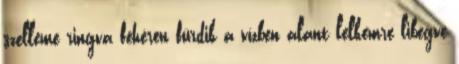
szelleme ringva fehéren fürdik a vízben alant lelkemre libegve